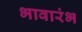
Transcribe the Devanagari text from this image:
भावारंभ